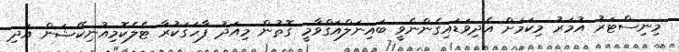
މިނިސްޓަރު އުމަރު މިކަމަށް އެދިވަޑައިގެންނެވީ ބައިނަލްއަގްވާމީ ގޮތުން މިއަދު ފާހަގަކުރާ ޓެލެކޮމިއުނިކޭޝަން އަދި